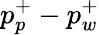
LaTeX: p_{p}^{+}-p_{w}^{+}